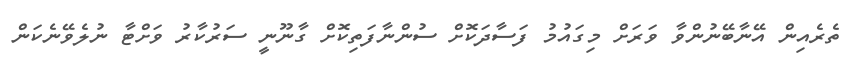
ތެރެއިން އޭނާބޭނުންވާ ވަރަށް މިގައުމު ފަސާދަކޮށް ސުންނާފަތިކޮށް ގާނޫނީ ސަރުކާރު ވަށްޓާ ނުލެވޭނެކަން